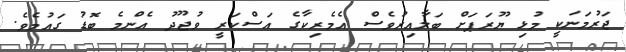
ޖަރުމަނަކީ މުޅި ޔޫރަޕަށް ބަލާއިރުވެސް އެމެރިކާގެ އަސްކަރީ ވުޖޫދު އެންމެ ބޮޑު ގައުމެވެ.